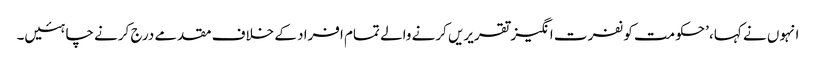
انہوں نے کہا، ’حکومت کو نفرت انگیز تقریریں کرنے والے تمام افراد کے خلاف مقدمے درج کرنے چاہئیں۔